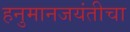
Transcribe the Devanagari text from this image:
हनुमानजयंतीचा